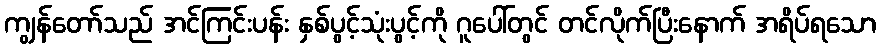
ကျွန်တော်သည် အင်ကြင်းပန်း နှစ်ပွင့်သုံးပွင့်ကို ဂူပေါ်တွင် တင်လိုက်ပြီးနောက် အရိပ်ရသော